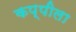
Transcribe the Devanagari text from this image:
कप्पीला